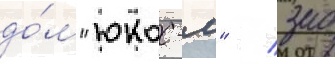
до́м "юкос-м" / зао